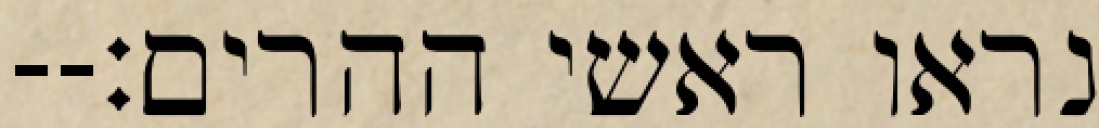
נראו ראשי ההרים׃--